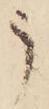
う